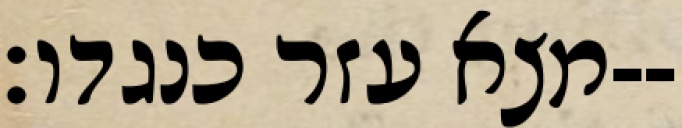
מצא עזר כנגדו׃--